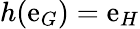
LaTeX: h(\mathrm{e}_{G})=\mathrm{e}_{H}